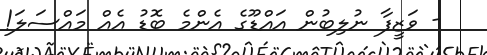
- ވަޒީފާ ނުލިބުން އައްޑޫގެ އެންމެ ބޮޑު އެއް މައްސަލަ!